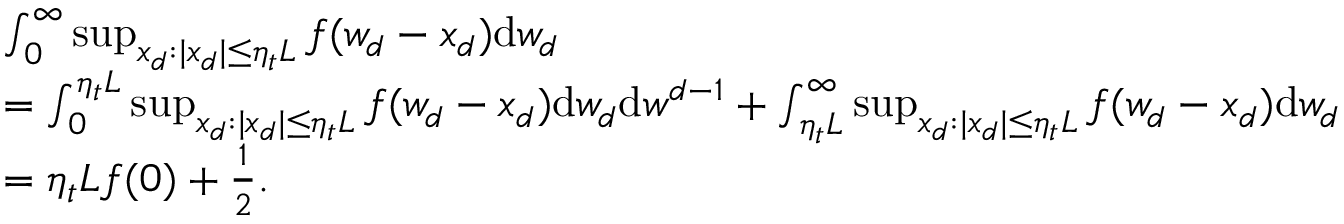
\begin{array} { r l } & { \int _ { 0 } ^ { \infty } \operatorname* { s u p } _ { x _ { d } : | x _ { d } | \leq \eta _ { t } L } f ( w _ { d } - x _ { d } ) \mathrm { d } w _ { d } } \\ & { = \int _ { 0 } ^ { \eta _ { t } L } \operatorname* { s u p } _ { x _ { d } : | x _ { d } | \leq \eta _ { t } L } f ( w _ { d } - x _ { d } ) \mathrm { d } w _ { d } \mathrm { d } w ^ { d - 1 } + \int _ { \eta _ { t } L } ^ { \infty } \operatorname* { s u p } _ { x _ { d } : | x _ { d } | \leq \eta _ { t } L } f ( w _ { d } - x _ { d } ) \mathrm { d } w _ { d } } \\ & { = \eta _ { t } L f ( 0 ) + \frac { 1 } { 2 } . } \end{array}